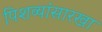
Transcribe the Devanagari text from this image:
पिशव्यांसारखा